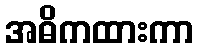
အဓိကထားကာ